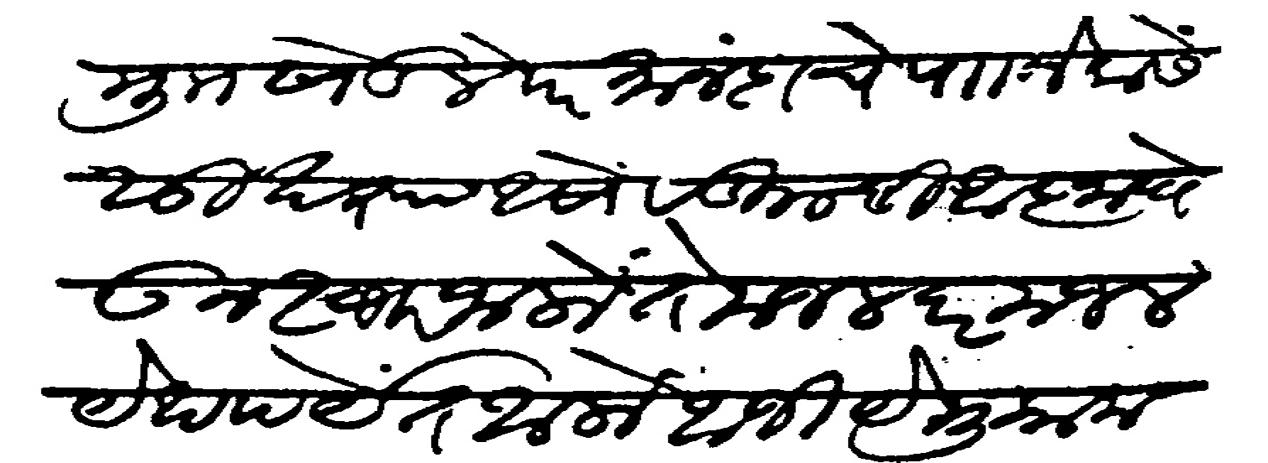
Transliteration (Devanagari): मुकाम खेडले परमानंदाचे परगणे नेवासे सुखरूप असो वडिलांची आज्ञा घेऊन स्वार जालो तो मजल दर मजल येथपर्यंत आलो आजी मुकाम